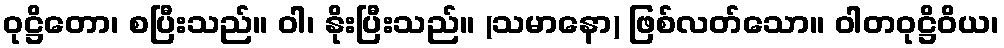
ဝုဋ္ဌိတော၊ စပြီးသည်။ ဝါ၊ နိုးပြီးသည်။ (သမာနော) ဖြစ်လတ်သော။ ဝါတဝုဋ္ဌိဝိယ၊